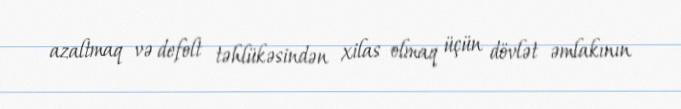
azaltmaq və defolt təhlükəsindən xilas olmaq üçün dövlət əmlakının